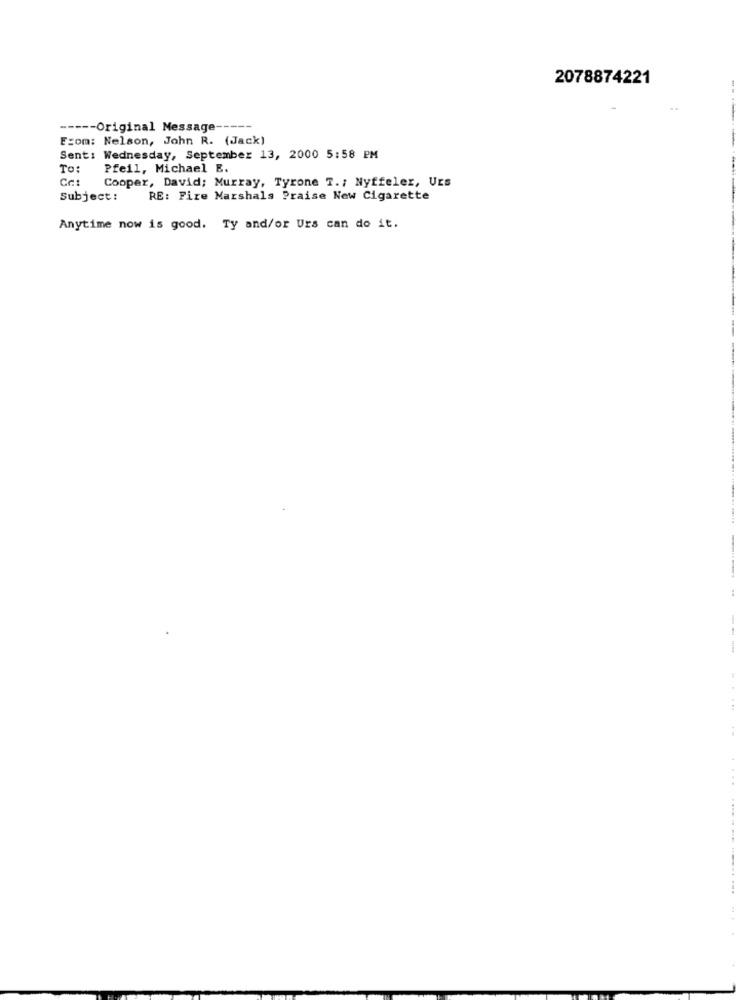
2078874221
----- Original Message ----
From: Nelson, John R. (Jack)
-----
Sent: Wednesday, September 13, 2000 5:58 PM
To:
Pfeil, Michael E.
Ca:
Cooper, David; Murray, Tyrone T. ; Nyffeler, Urs
Subject:
RE: Fire Marshals Praise New Cigarette
Anytime now is good. Ty and/or Urs can do it.
---
.. ....